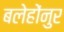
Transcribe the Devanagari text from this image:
बलेहोंनुर